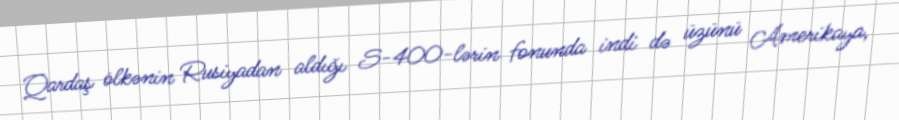
Qardaş ölkənin Rusiyadan aldığı S-400-lərin fonunda indi də üzünü Amerikaya,